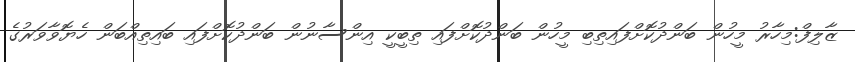
ޒާލިފް:މިހާރު މީހުން ބަންދުކޮށްފައިތިބި މީހުން ބަންދުކޮށްފައި ތިބީކީ އިންސާނުން ބަންދުކޮށްފައި ބައިތިއްބަން ހެޔޮވާވަރުގެ